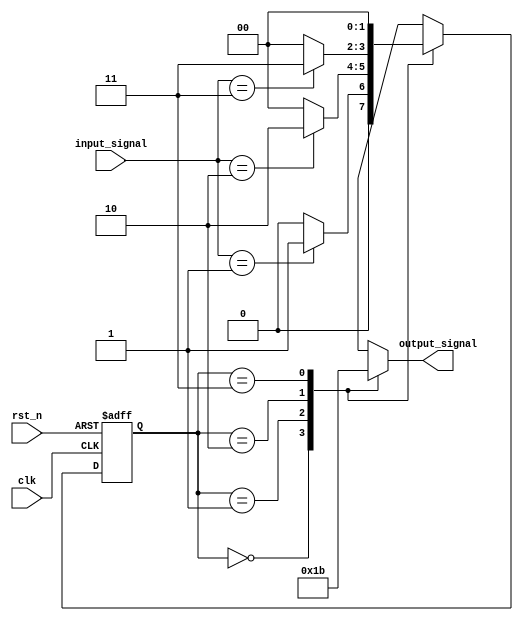
module ParameterizedStateMachine #(
    parameter NUM_STATES = 4,     // Number of states
    parameter INPUT_WIDTH = 2,     // Width of input signals
    parameter OUTPUT_WIDTH = 2      // Width of output signals
) (
    input wire clk,                 // Clock input
    input wire rst_n,               // Active low reset
    input wire [INPUT_WIDTH-1:0] input_signal, // Input signals
    output reg [OUTPUT_WIDTH-1:0] output_signal // Output signals
);

// State encoding using local parameters
localparam IDLE = 2'b00,
           STATE1 = 2'b01,
           STATE2 = 2'b10,
           STATE3 = 2'b11;

reg [1:0] current_state, next_state;

// State register
always @(posedge clk or negedge rst_n) begin
    if (!rst_n)
        current_state <= IDLE; // Initialize to IDLE state
    else
        current_state <= next_state; // Update state on clock edge
end

// Next state logic
always @(*) begin
    case (current_state)
        IDLE: begin
            if (input_signal == 2'b01)
                next_state = STATE1;
            else
                next_state = IDLE;
        end
        
        STATE1: begin
            if (input_signal == 2'b10)
                next_state = STATE2;
            else
                next_state = IDLE; // Return to IDLE on invalid input
        end
        
        STATE2: begin
            if (input_signal == 2'b11)
                next_state = STATE3;
            else
                next_state = IDLE; // Return to IDLE on invalid input
        end
        
        STATE3: begin
            next_state = IDLE; // Transition back to IDLE after STATE3
        end
        
        default: next_state = IDLE; // Default state
    endcase
end

// Output logic
always @(*) begin
    case (current_state)
        IDLE: output_signal = 2'b00; // Output for IDLE
        STATE1: output_signal = 2'b01; // Output for STATE1
        STATE2: output_signal = 2'b10; // Output for STATE2
        STATE3: output_signal = 2'b11; // Output for STATE3
        default: output_signal = 2'b00; // Default output
    endcase
end

endmodule